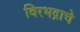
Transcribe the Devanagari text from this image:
विरभद्राचे